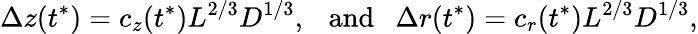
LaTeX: \Delta z(t^{*})=c_{z}(t^{*})L^{2/3}D^{1/3},\ \ \ \mathrm{and}\ \ \ \Delta r(t^{*})=c_{r}(t^{*})L^{2/3}D^{1/3},